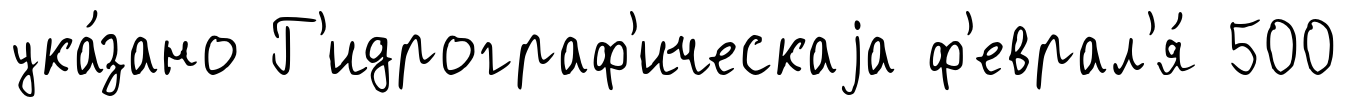
ука́зано Г'идрограф'ическаjа ф'еврал'я́ 500